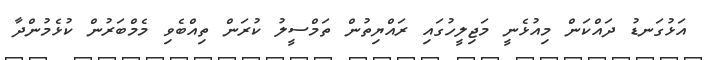
އަޅުގަނޑު ދައްކަން މިއުޅެނީ މަޖިލީހުގައި ރައްޔިތުން ތަމްސީލު ކުރަން ތިއްބެވި މެމްބަރުން ކުޅެމުންދާ